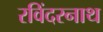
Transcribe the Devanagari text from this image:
रविंदरनाथ